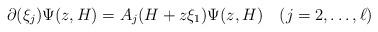
LaTeX: \begin{align*}\partial(\xi_j)\Psi(z,H)=A_j(H+z\xi_1)\Psi(z,H)\quad(j=2,\ldots,\ell)\end{align*}